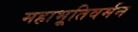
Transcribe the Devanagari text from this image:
महाभूतिवर्मन